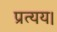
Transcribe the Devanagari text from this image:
प्रत्यय।